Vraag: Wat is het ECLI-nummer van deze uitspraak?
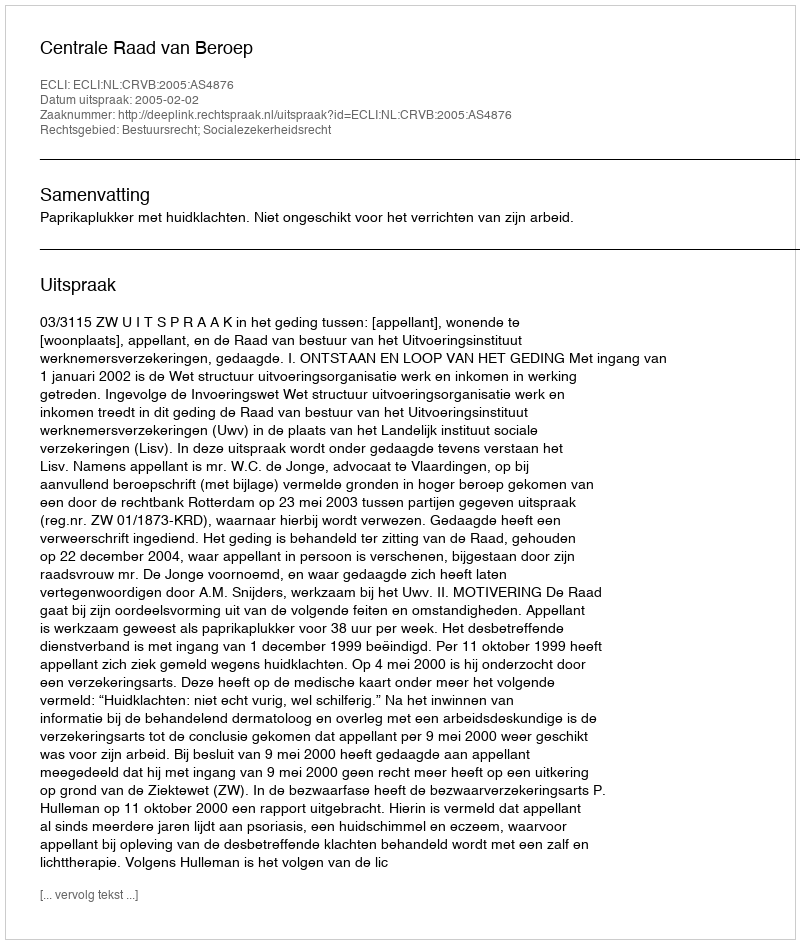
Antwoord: ECLI:NL:CRVB:2005:AS4876